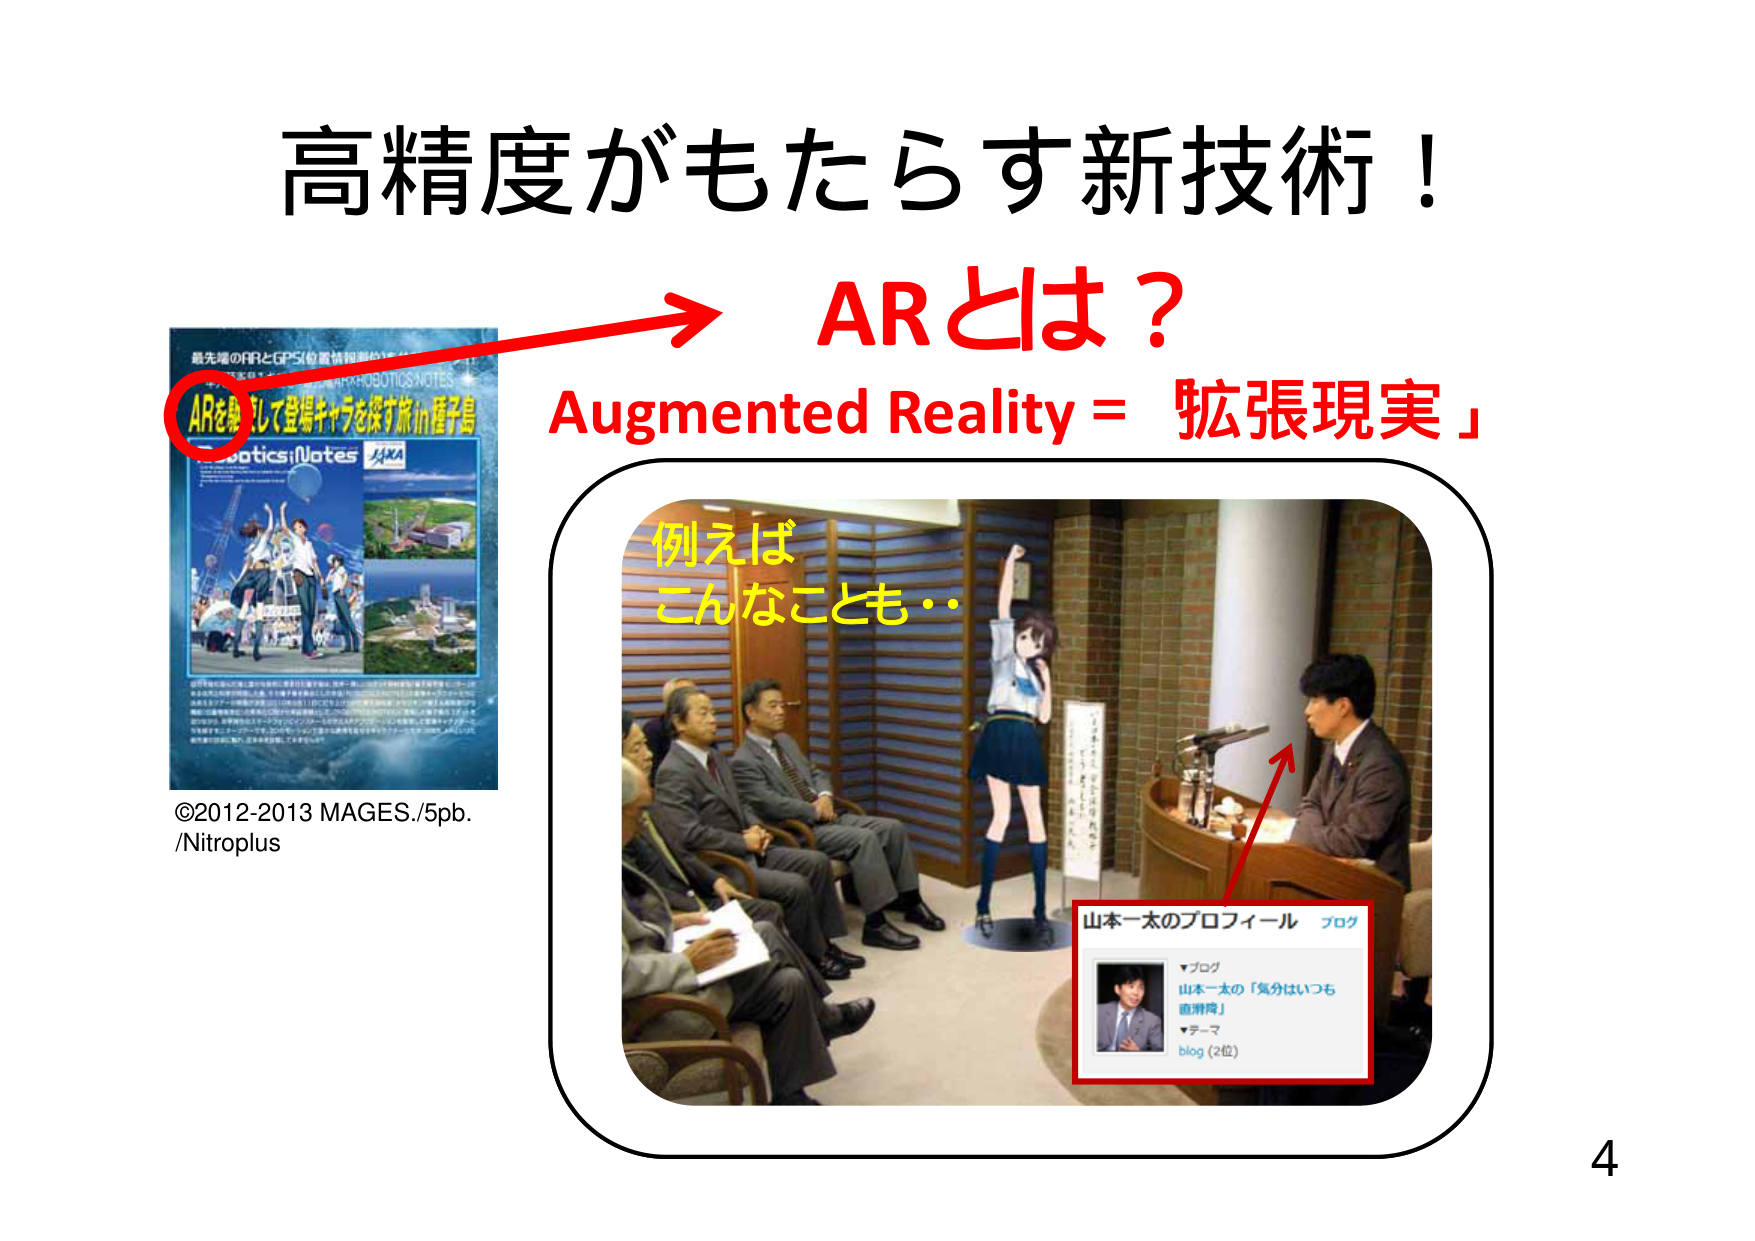
高精度がもたらす新技術！

ARとは？
Augmented Reality = 「拡張現実」

最先端のARとGPS!の感情探検ロ
ARを駆使して登場キャラを探す旅 in 種子島
Robotics;Notes
JAXA

©2012-2013 MAGES./5pb.
/Nitroplus

例えば
こんなことも・・

山本一太のプロフィール ブログ
▼ブログ
山本一太の「気分はいつも
直滑降」
▼テーマ
blog (2位)

4